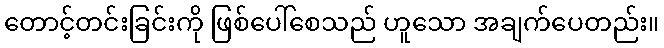
တောင့်တင်းခြင်းကို ဖြစ်ပေါ်စေသည် ဟူသော အချက်ပေတည်း။